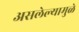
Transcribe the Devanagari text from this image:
असलेल्यामुळे